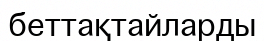
беттақтайларды